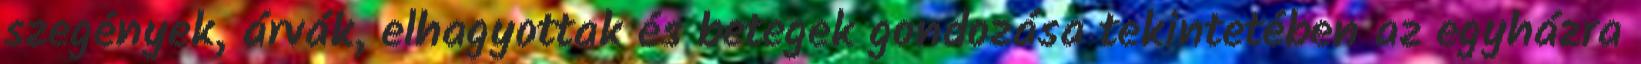
szegények, árvák, elhagyottak és betegek gondozása tekintetében az egyházra